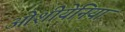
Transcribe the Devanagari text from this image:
ओशीयेनिया